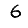
Digit: 6